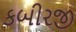
કબીરજી